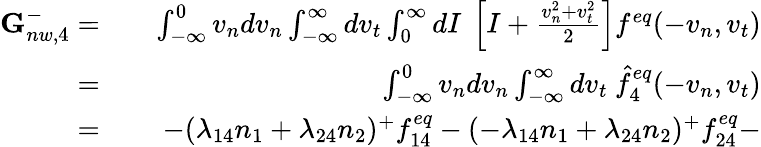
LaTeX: \begin{array}{rlr}{\textbf{G}_{nw,4}^{-}=}&{{}}&{\int_{-\infty}^{0}v_{n}dv_{n}\int_{-\infty}^{\infty}dv_{t}\int_{0}^{\infty}dI\ \left[I+\frac{v_{n}^{2}+v_{t}^{2}}{2}\right]f^{eq}(-v_{n},v_{t})}\\ {=}&{{}}&{\int_{-\infty}^{0}v_{n}dv_{n}\int_{-\infty}^{\infty}dv_{t}\ \hat{f}_{4}^{eq}(-v_{n},v_{t})}\\ {=}&{{}}&{-(\lambda_{14}n_{1}+\lambda_{24}n_{2})^{+}f_{14}^{eq}-(-\lambda_{14}n_{1}+\lambda_{24}n_{2})^{+}f_{24}^{eq}-}\end{array}